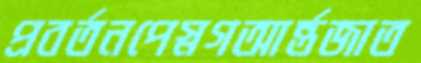
প্রবর্তনপেস্নগআর্ন্তজাত